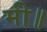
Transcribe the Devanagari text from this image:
मी॥